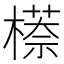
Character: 𬄠